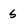
Character: S